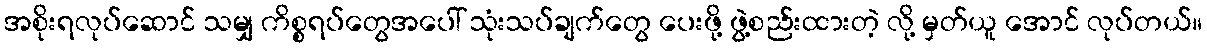
အစိုးရလုပ်ဆောင် သမျှ ကိစ္စရပ်တွေအပေါ် သုံးသပ်ချက်တွေ ပေးဖို့ ဖွဲ့စည်းထားတဲ့ လို့ မှတ်ယူ အောင် လုပ်တယ်။